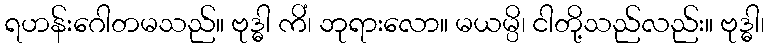
ရဟန်းဂေါတမသည်။ ဗုဒ္ဓါ ကိံ၊ ဘုရားလော။ မယမ္ပိ၊ ငါတို့သည်လည်း။ ဗုဒ္ဓါ၊